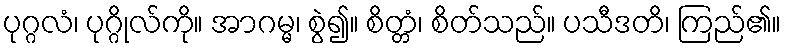
ပုဂ္ဂလံ၊ ပုဂ္ဂိုလ်ကို။ အာဂမ္မ၊ စွဲ၍။ စိတ္တံ၊ စိတ်သည်။ ပသီဒတိ၊ ကြည်၏။